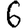
Digit: 6